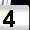
Digit: 4